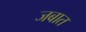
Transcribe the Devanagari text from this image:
जबात